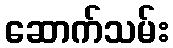
ဆောက်သမ်း